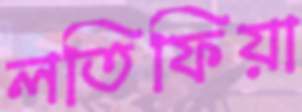
লতিফিয়া